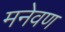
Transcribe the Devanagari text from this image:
मनेवण